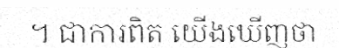
។ ជាការពិត យើងឃើញថា